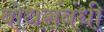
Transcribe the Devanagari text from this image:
बोधसंबंधी